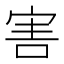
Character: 害